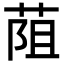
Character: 𦯓